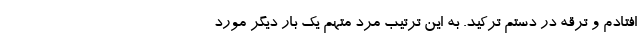
افتادم و ترقه در دستم ترکید. به این ترتیب مرد متهم یک بار دیگر مورد